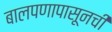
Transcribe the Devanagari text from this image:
बालपणापासूनची